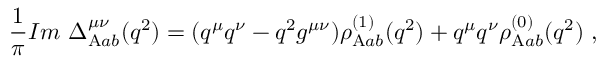
{ \frac { 1 } { \pi } } { \cal I } m ~ \Delta _ { \mathrm { A } a b } ^ { \mu \nu } ( q ^ { 2 } ) = ( q ^ { \mu } q ^ { \nu } - q ^ { 2 } g ^ { \mu \nu } ) \rho _ { \mathrm { A } a b } ^ { ( 1 ) } ( q ^ { 2 } ) + q ^ { \mu } q ^ { \nu } \rho _ { \mathrm { A } a b } ^ { ( 0 ) } ( q ^ { 2 } ) \ ,